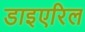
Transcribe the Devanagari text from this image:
डाइएरिल